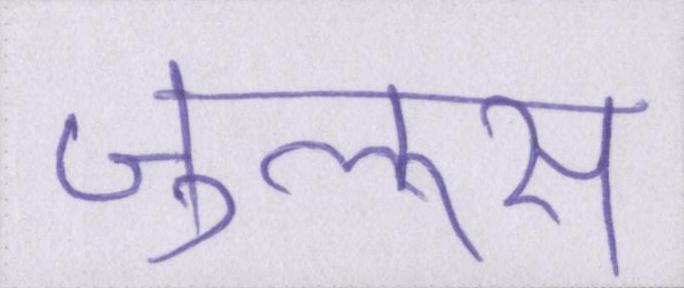
जुलूस